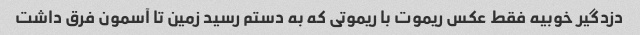
دزدگیر خوبیه فقط عکس ریموت با ریموتی که به دستم رسید زمین تا آسمون فرق داشت